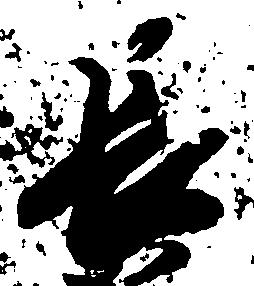
長